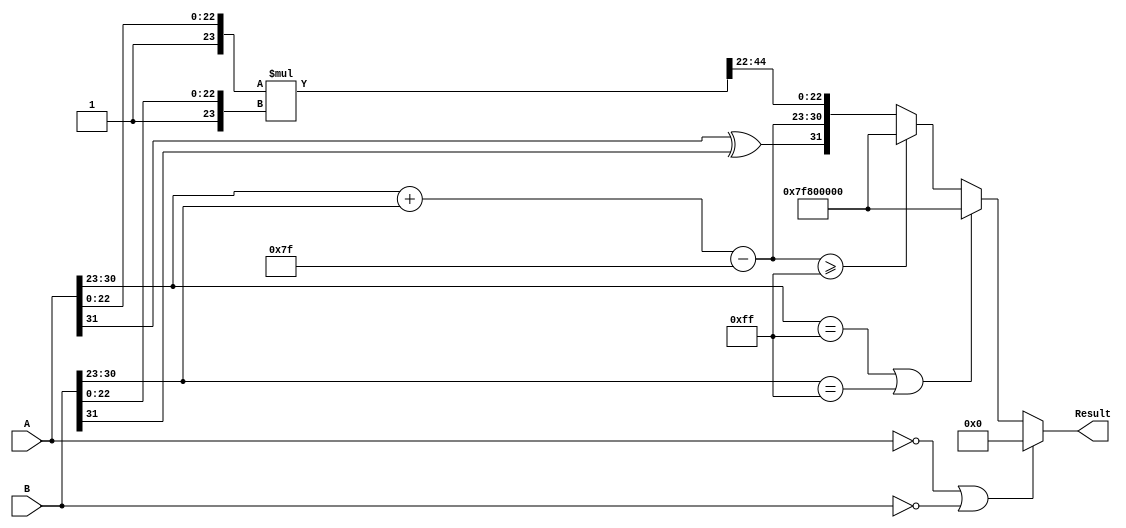
module fp_multiplier (
    input [31:0] A, // First floating-point operand
    input [31:0] B, // Second floating-point operand
    output reg [31:0] Result // Result of the multiplication
);
    // Define constants
    parameter BIAS = 127;
    parameter EXPONENT_BITS = 8;
    parameter MANTISSA_BITS = 23;

    // Extract components of A
    wire signA = A[31];
    wire [EXPONENT_BITS-1:0] expA = A[30:23];
    wire [MANTISSA_BITS-1:0] mantA = A[22:0];

    // Extract components of B
    wire signB = B[31];
    wire [EXPONENT_BITS-1:0] expB = B[30:23];
    wire [MANTISSA_BITS-1:0] mantB = B[22:0];

    // Intermediate wires for calculations
    wire sign_result;
    wire [EXPONENT_BITS-1:0] exp_result;
    wire [MANTISSA_BITS*2-1:0] mant_result;
    wire [MANTISSA_BITS*2-1:0] mantA_norm, mantB_norm;
    wire [EXPONENT_BITS:0] exp_temp;

    // Handle special cases
    always @(*) begin
        // Check for zero
        if ((A == 32'b0) || (B == 32'b0)) begin
            Result = 32'b0;
        end else if ((expA == 255) || (expB == 255)) begin
            // Check for infinity
            if ((expA == 255 && mantA == 0) || (expB == 255 && mantB == 0)) begin
                Result = {signA ^ signB, 255, 23'b0}; // Result is infinity
            end else begin
                Result = {1'b1, 255, 23'b0}; // Result is NaN
            end
        end else begin
            // Normalization
            mantA_norm = {1'b1, mantA}; // Add implicit leading 1
            mantB_norm = {1'b1, mantB}; // Add implicit leading 1

            // Sign result
            sign_result = signA ^ signB;

            // Exponent result calculation
            exp_temp = {1'b0, expA} + {1'b0, expB} - BIAS;
            exp_result = exp_temp[EXPONENT_BITS-1:0];

            // Mantissa multiplication
            mant_result = mantA_norm * mantB_norm;

            // Check for normalization and adjust exponent
            if (mant_result[MANTISSA_BITS*2] == 1) begin
                mant_result = mant_result >> 1; // Shift right to normalize
                exp_result = exp_result + 1;
            end

            // Handle overflow of exponent
            if (exp_result >= 255) begin
                Result = {sign_result, 255, 23'b0}; // Result is infinity
            end else begin
                Result = {sign_result, exp_result, mant_result[MANTISSA_BITS*2-2:MANTISSA_BITS-1]};
            end
        end
    end
endmodule